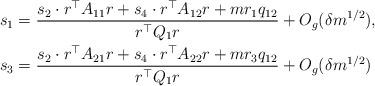
LaTeX: \begin{align*}s_1 & = \frac{s_2 \cdot {r}^{\top}A_{11} {r} + s_4 \cdot {r}^{\top}A_{12} {r} + m r_1 q_{12}}{ {r}^{\top}Q_1 {r}} + O_g(\delta m^{1/2}),\\ s_3 & = \frac{ s_2 \cdot {r}^{\top}A_{21} {r} + s_4 \cdot {r}^{\top}A_{22} {r} + m r_3 q_{12}}{ {r}^{\top}Q_1 {r}} + O_g(\delta m^{1/2}) \end{align*}